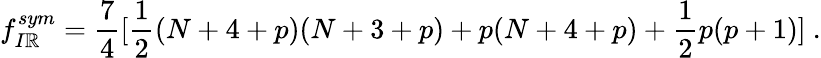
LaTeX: f_{I\mathbb{R}}^{sym}=\frac{{7}}{{4}}[\frac{{1}}{{2}}(N+4+p)(N+3+p)+p(N+4+p)+\frac{{1}}{{2}}p(p+1)]\ .